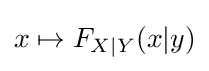
x\mapsto F_{X|Y}(x|y)